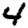
Digit: 4